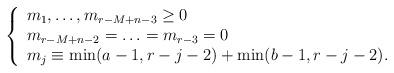
LaTeX: \begin{align*}\left\{ \begin{array}{l}m_1,\ldots,m_{r-M+n-3} \geq 0 \\m_{r-M+n-2}= \ldots = m_{r-3}=0 \\m_j\equiv \min(a-1,r-j-2)+\min(b-1,r-j-2).\end{array} \right.\end{align*}